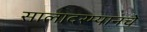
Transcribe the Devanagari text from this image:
सालादरम्यानचे